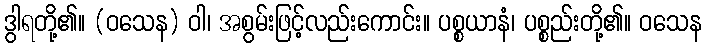
ဒွါရတို့၏။ (ဝသေန) ဝါ၊ အစွမ်းဖြင့်လည်းကောင်း။ ပစ္စယာနံ၊ ပစ္စည်းတို့၏။ ဝသေန